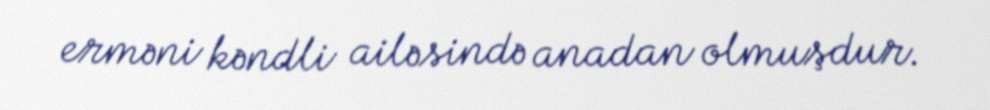
erməni kəndli ailəsində anadan olmuşdur.